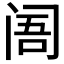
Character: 𲈽